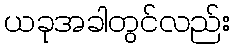
ယခုအခါတွင်လည်း